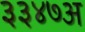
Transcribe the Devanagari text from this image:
३३४७अ